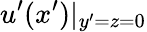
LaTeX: u^{\prime}(x^{\prime})\rvert_{y^{\prime}=z=0}